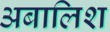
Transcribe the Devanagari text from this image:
अबालिश